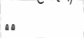
١٩